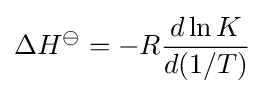
\Delta H^{\ominus }=-R{\frac {d\ln K}{d(1/T)}}\